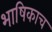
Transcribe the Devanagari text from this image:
भाषिकाच